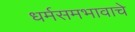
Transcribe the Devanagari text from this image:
धर्मसमभावाचे